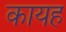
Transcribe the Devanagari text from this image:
कायह